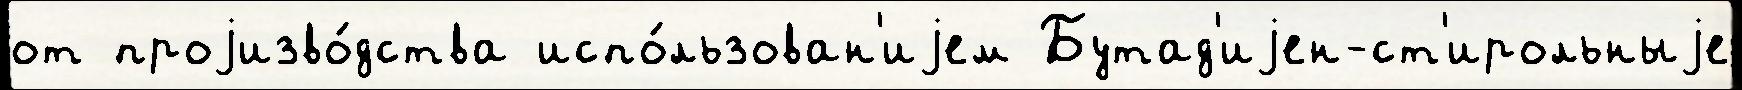
от проjизво́дства испо́льзован'иjем Бутад'иjен-ст'ирольныjе